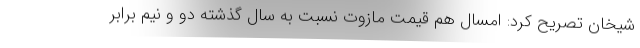
شیخان تصریح کرد: امسال هم قیمت مازوت نسبت به سال گذشته دو و نیم برابر